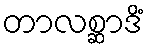
တာလစ္ဆာဒိံ